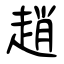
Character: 趙